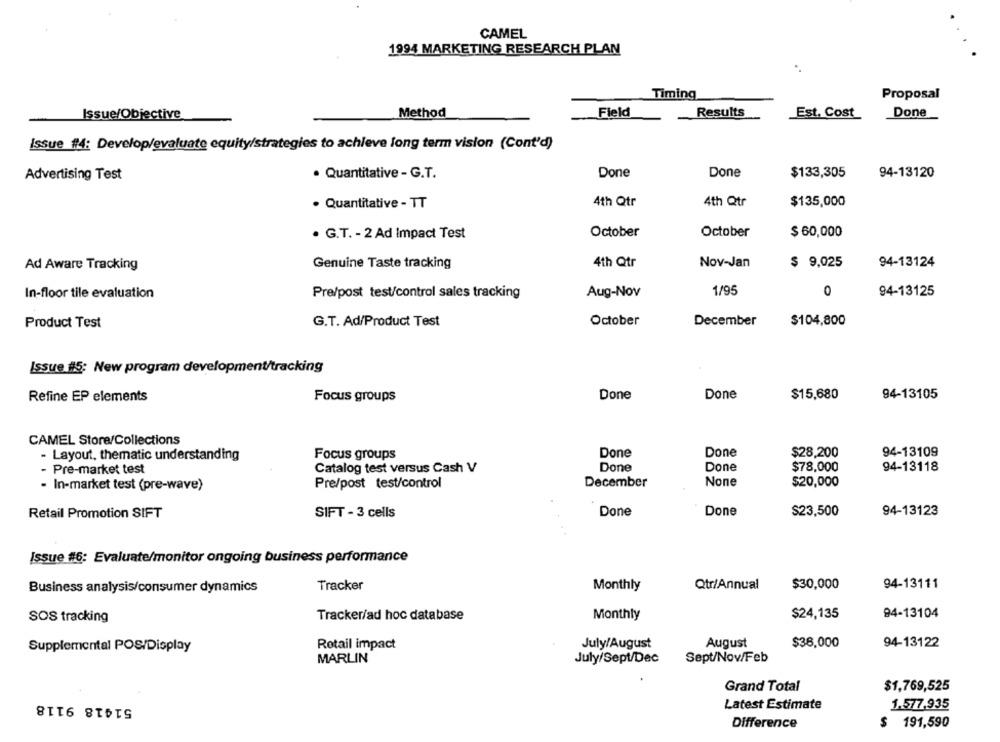
CAMEL
1994 MARKETING RESEARCH PLAN
..
Timing
Proposal
Issue/Objective
Method
Field
Results
Est. Cost
Done
Issue #4: Develop/evaluate equity/strategies to achieve long term vision (Cont'd)
Advertising Test
· Quantitative - G.T.
Done
Done
$133,305
94-13120
· Quantitative - TT
4th Qtr
4th Qtr
$135,000
· G.T. - 2 Ad Impact Test
October
October
$ 60,000
Ad Aware Tracking
Genuine Taste tracking
4th Qtr
Nov-Jan
$ 9,025
94-13124
In-floor tile evaluation
Pre/post test/control sales tracking
Aug-Nov
1/95
0
94-13125
Product Test
G.T. Ad/Product Test
October
December
$104,800
Issue #5: New program development/tracking
Refine EP elements
Focus groups
Done
Done
$15,680
94-13105
CAMEL Store/Collections
Done
94-13109
- Layout, thematic understanding
Focus groups
Done
$28,200
Done
Done
94-13118
Pre-market test
Catalog test versus Cash V
$78,000
December
$20,000
- In-market test (pre-wave)
Pre/post test/control
Done
Done
$23,500
94-13123
Retail Promotion SIFT
SIFT - 3 cells
Issue #6: Evaluate/monitor ongoing business performance
Tracker
Monthly
Qtr/Annual
$30,000
94-13111
Business analysis/consumer dynamics
Monthly
$24,135
94-13104
SOS tracking
Tracker/ad hoc database
Retail impact
July/August
August
$36,000
94-13122
Supplemental POS/Display
MARLIN
July/Sept/Dec
Sept/Nov/Feb
Grand Total
$1,769,525
51418 9118
Latest Estimate
1.577.935
Difference
$
191,590